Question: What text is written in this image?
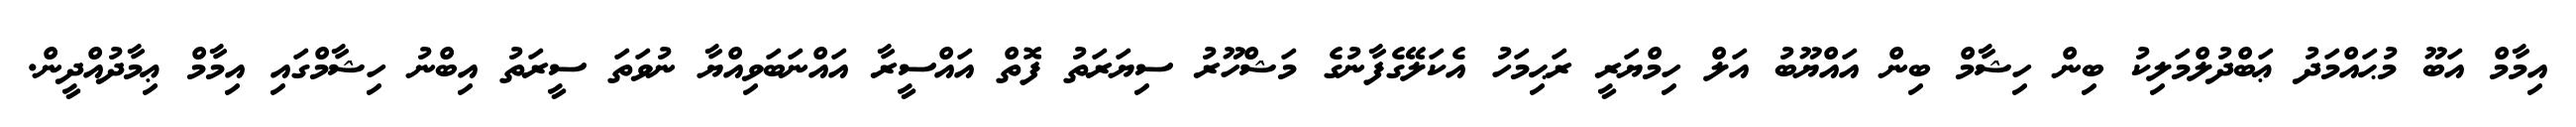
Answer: އިމާމް އަބޫ މުޙައްމަދު ޢަބްދުލްމަލިކު ބިން ހިޝާމް ބިން އައްޔޫބު އަލް ހިމްޔަރީ ރަޙިމަހު އެކަލޭގެފާނުގެ މަޝްހޫރު ސިޔަރަތު ފޮތް އައްސީރާ އައްނަބަވިއްޔާ ނުވަތަ ސީރަތު އިބްނު ހިޝާމްގައި އިމާމް ޢިމާދުއްދީން.